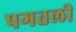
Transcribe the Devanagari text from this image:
पगतली